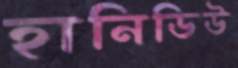
হানিডিউ